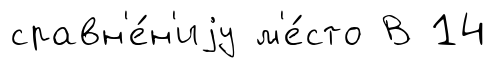
сравн'е́н'иjу м'е́сто В 14